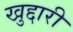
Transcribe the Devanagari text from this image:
खुद्दारी